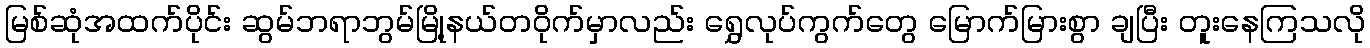
မြစ်ဆုံအထက်ပိုင်း ဆွမ်ဘရာဘွမ်မြို့နယ်တဝိုက်မှာလည်း ရွှေလုပ်ကွက်တွေ မြောက်မြားစွာ ချပြီး တူးနေကြသလို